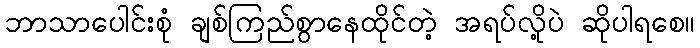
ဘာသာပေါင်းစုံ ချစ်ကြည်စွာနေထိုင်တဲ့ အရပ်လို့ပဲ ဆိုပါရစေ။